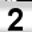
Digit: 2